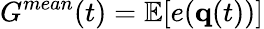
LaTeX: G^{mean}(t)=\mathbb{E}[e({\mathbf q}(t))]